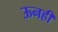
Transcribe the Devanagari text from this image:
ऊनही